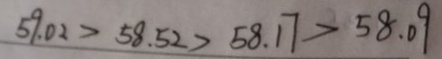
5 9 . 0 2 > 5 8 . 5 2 > 5 8 . 1 7 > 5 8 . 0 9